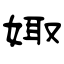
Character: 娵